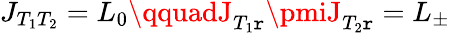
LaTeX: J_{T_{1}T_{2}}=L_{0}\qquadJ_{T_{1}\mathtt{r}}\pmiJ_{T_{2}\mathtt{r}}=L_{\pm}